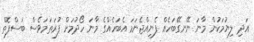
އަދި ލިޔުމަކުން މާނަ ނޭނގޭބަހެއް ފެނިއްޖެނަމަ އެބަހެއްގެ މާނަ ހޯދުމަށް ފުރަތަމަވެސް ބަސްފޮތް